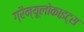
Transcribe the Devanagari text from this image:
ग्रैन्यूलोकाइट्स